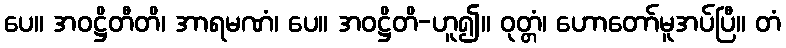
ပေ။ အဝဋ္ဌိတီတိ၊ အာရမဏံ၊ ပေ။ အဝဋ္ဌိတိ-ဟူ၍။ ဝုတ္တံ၊ ဟောတော်မူအပ်ပြီ။ တံ